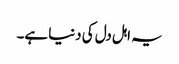
یہ اہل دل کی دنیا ہے۔